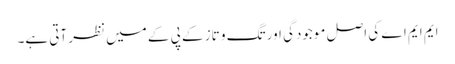
ایم ایم اے کی اصل موجودگی اور تگ و تاز کے پی کے میں نظر آتی ہے۔